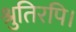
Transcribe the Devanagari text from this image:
श्रुतिरपि।